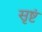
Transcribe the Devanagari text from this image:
सृष्टं